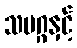
သမဂ္ဂနှင့်